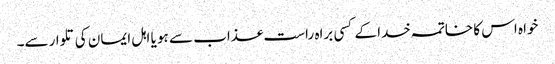
خواہ اس کا خاتمہ خدا کے کسی براہ راست عذاب سے ہو یا اہل ایمان کی تلوارسے۔